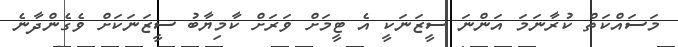
މަސައްކަތް ކުރާނަމަ އަންނަ ސީޒަނަކީ އެ ޓީމަށް ވަރަށް ކާމިޔާބު ސީޒަނަކަށް ވެގެންދާނެ